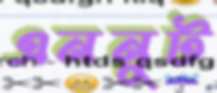
এননুট